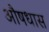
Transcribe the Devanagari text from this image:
औषधास